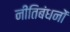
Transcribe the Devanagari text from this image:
नीतिबंधनों